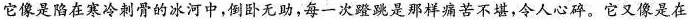
它像是陷在寒冷刺骨的冰河中，倒卧无助，每一次蹬跳是那样痛苦不堪，令人心碎。它又像是在